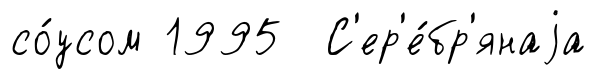
со́усом 1995 С'ер'е́бр'янаjа